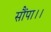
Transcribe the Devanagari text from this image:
सौंपा।।